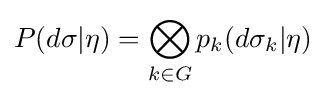
P(d\sigma |\eta )=\bigotimes _{k\in G}p_{k}(d\sigma _{k}|\eta )